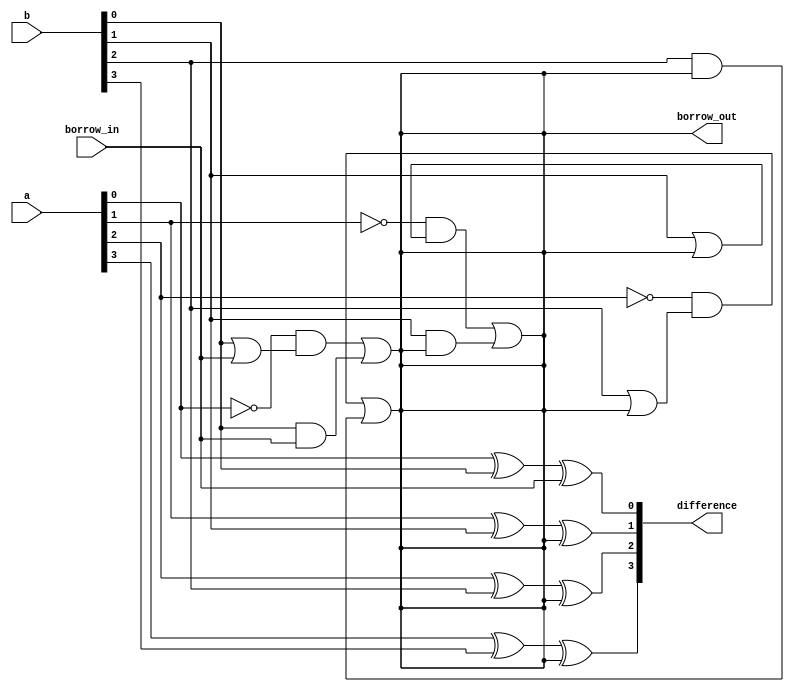
module ripple_carry_subtractor(
    input [3:0] a,
    input [3:0] b,
    input borrow_in,
    output [3:0] difference,
    output borrow_out
);

assign difference[0] = a[0] ^ b[0] ^ borrow_in;
assign borrow_out = (~a[0] & (b[0] | borrow_in)) | (b[0] & borrow_in);
assign difference[1] = a[1] ^ b[1] ^ borrow_out;
assign borrow_out = (~a[1] & (b[1] | borrow_out)) | (b[1] & borrow_out);
assign difference[2] = a[2] ^ b[2] ^ borrow_out;
assign borrow_out = (~a[2] & (b[2] | borrow_out)) | (b[2] & borrow_out);
assign difference[3] = a[3] ^ b[3] ^ borrow_out;

endmodule